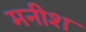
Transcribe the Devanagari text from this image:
मनीश